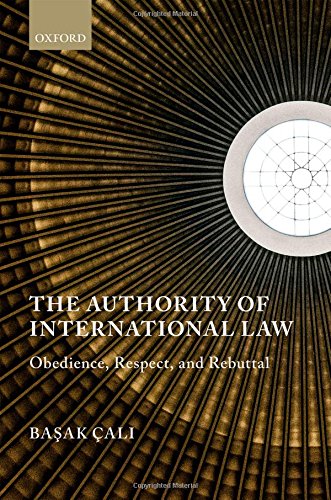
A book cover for The Authority of International Law: Obedience, Respect, and Rebuttal; Basak Cali; Law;